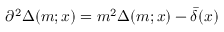
\partial ^ { 2 } \Delta ( m ; x ) = m ^ { 2 } \Delta ( m ; x ) - \bar { \delta } ( x )